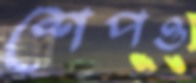
শেপও